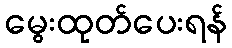
မွေးထုတ်ပေးရန်